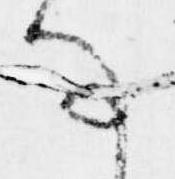
事